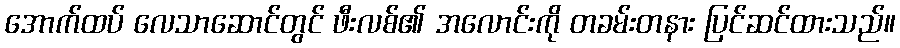
အောက်ထပ် လေသာဆောင်တွင် ဖီးလစ်၏ အလောင်းကို တခမ်းတနား ပြင်ဆင်ထားသည်။